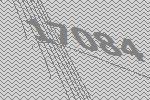
17084